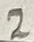
Text: 2